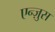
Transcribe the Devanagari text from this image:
एन्ज़ुस